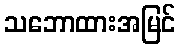
သဘောထားအမြင်